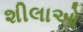
શીલાઓ